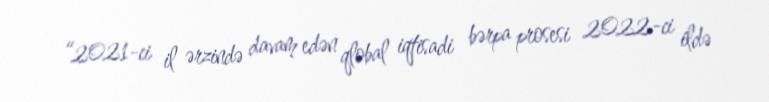
“2021-ci il ərzində davam edən qlobal iqtisadi bərpa prosesi 2022-ci ildə